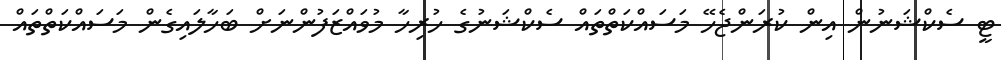
ޓީ ސެކްޝަނުން އިން ކުރަންޖެހޭ މަސައްކަތްތައް ސެކްޝަނުގެ ހުރިހާ މުވައްޒަފުންނަށް ބަހާލައިގެން މަސައްކަތްތައް